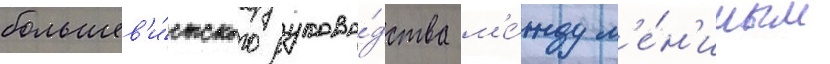
большев'и́стского руково́дства м'е́жду л'е́н'иным